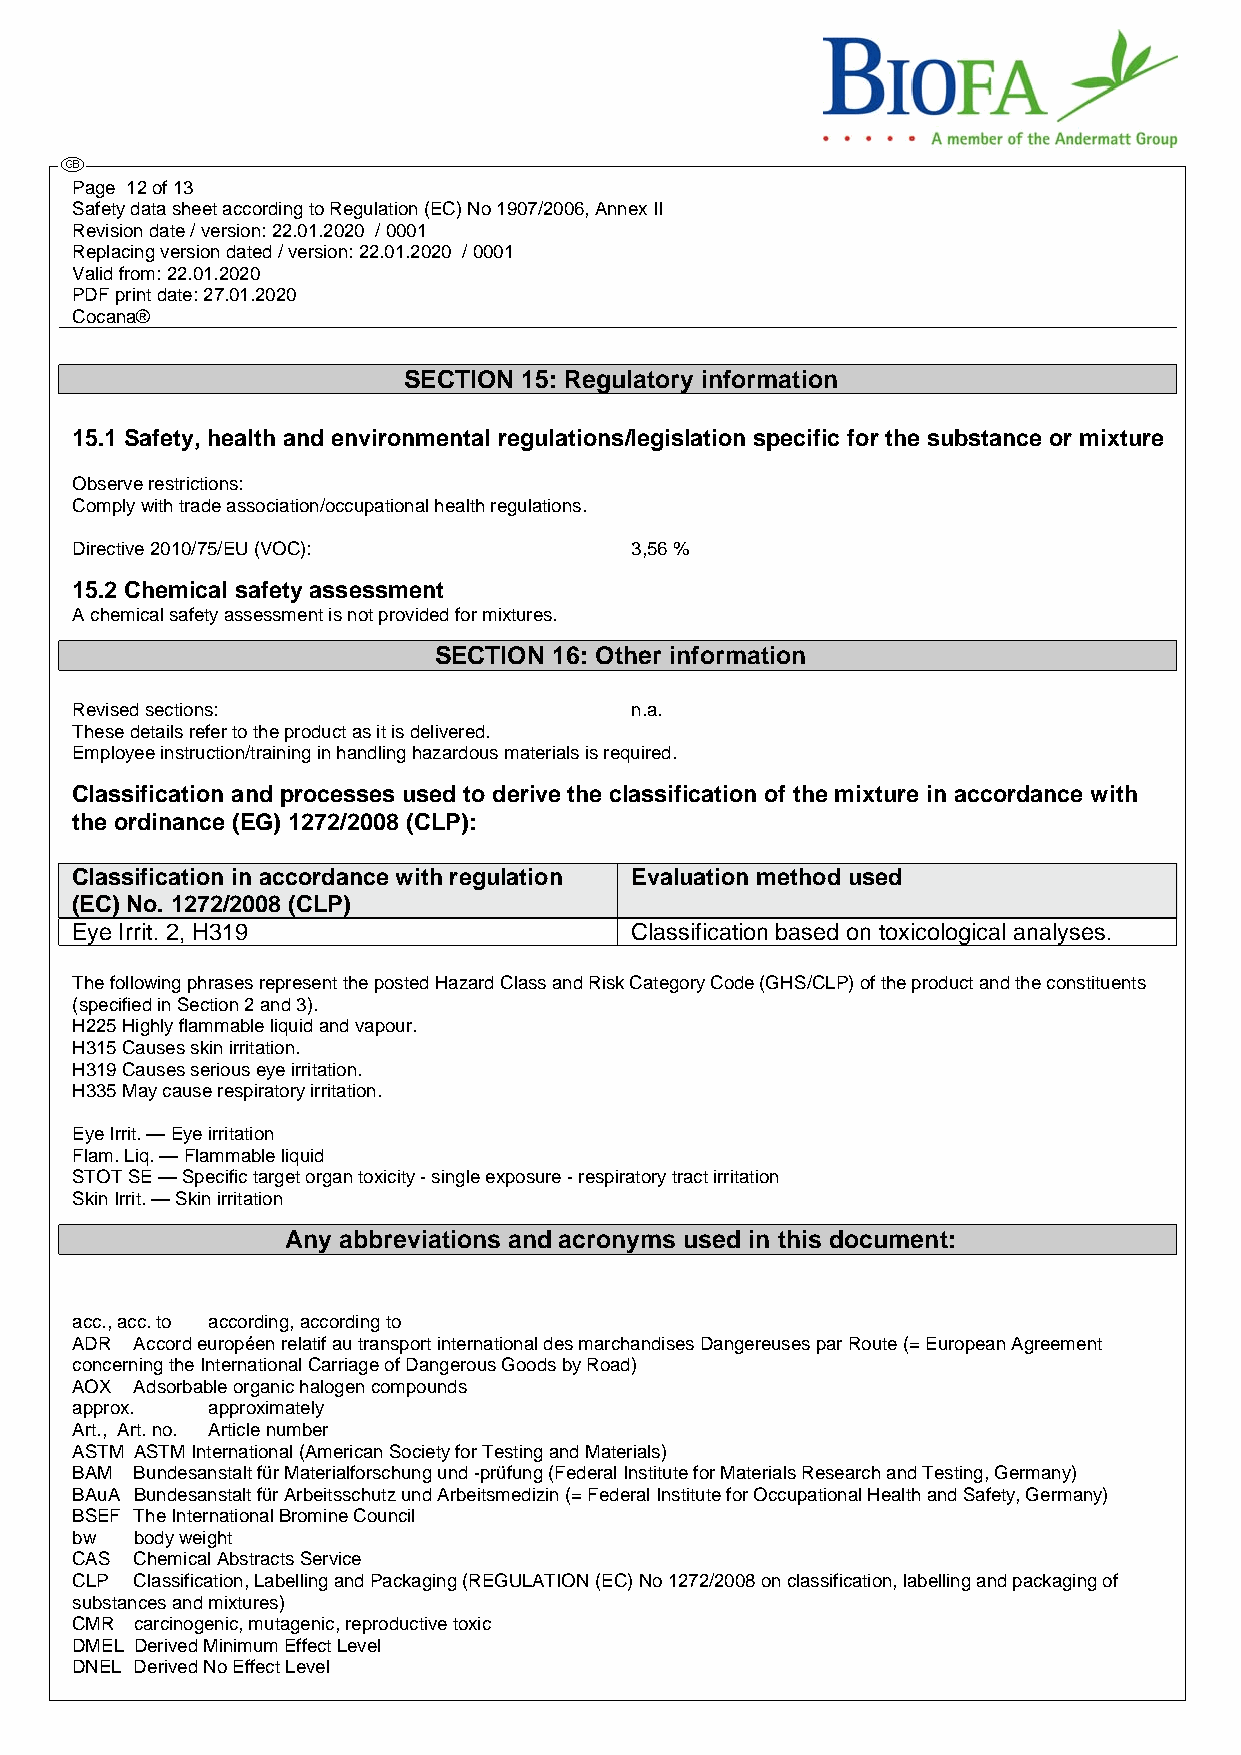
Page 12 of 13
 Safety data sheet according to Regulation (EC) No 1907/2006, Annex II
 Revision date / version: 22.01.2020 / 0001
 Replacing version dated / version: 22.01.2020 / 0001
 Valid from: 22.01.2020
 PDF print date: 27.01.2020
 Cocana®
 SECTION 15: Regulatory information
 15.1 Safety, health and environmental regulations/legislation specific for the substance or mixture
 Observe restrictions:
 Comply with trade association/occupational health regulations.
 Directive 2010/75/EU (VOC):          3,56 %
 15.2 Chemical safety assessment
 A chemical safety assessment is not provided for mixtures.
 SECTION 16: Other information
 Revised sections:                    n.a.
 These details refer to the product as it is delivered.
 Employee instruction/training in handling hazardous materials is required.
 Classification and processes used to derive the classification of the mixture in accordance with
 the ordinance (EG) 1272/2008 (CLP):
 Classification in accordance with regulation Evaluation method used
 (EC) No. 1272/2008 (CLP)
 Eye Irrit. 2, H319                   Classification based on toxicological analyses.
 The following phrases represent the posted Hazard Class and Risk Category Code (GHS/CLP) of the product and the constituents
 (specified in Section 2 and 3).
 H225 Highly flammable liquid and vapour.
 H315 Causes skin irritation.
 H319 Causes serious eye irritation.
 H335 May cause respiratory irritation.
 Eye Irrit. — Eye irritation
 Flam. Liq. — Flammable liquid
 STOT SE — Specific target organ toxicity - single exposure - respiratory tract irritation
 Skin Irrit. — Skin irritation
 Any abbreviations and acronyms used in this document:
 acc., acc. to according, according to
 ADR Accord européen relatif au transport international des marchandises Dangereuses par Route (= European Agreement
 concerning the International Carriage of Dangerous Goods by Road)
 AOX Adsorbable organic halogen compounds
 approx.  approximately
 Art., Art. no. Article number
 ASTM ASTM International (American Society for Testing and Materials)
 BAM Bundesanstalt für Materialforschung und -prüfung (Federal Institute for Materials Research and Testing, Germany)
 BAuA Bundesanstalt für Arbeitsschutz und Arbeitsmedizin (= Federal Institute for Occupational Health and Safety, Germany)
 BSEF The International Bromine Council
 bw  body weight
 CAS Chemical Abstracts Service
 CLP Classification, Labelling and Packaging (REGULATION (EC) No 1272/2008 on classification, labelling and packaging of
 substances and mixtures)
 CMR carcinogenic, mutagenic, reproductive toxic
 DMEL Derived Minimum Effect Level
 DNEL Derived No Effect Level